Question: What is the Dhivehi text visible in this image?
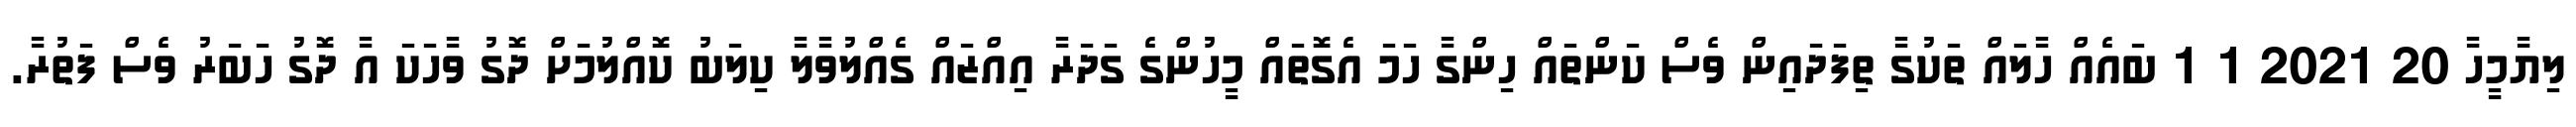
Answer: ލިޔާމީހާ 20 2021 1 1 ބައެއް ހާލައް ތަކުގާ ތިފަދައިން ވެސް ކަންތައް ހިންގާ ހަމަ އެގޮތައް މީހުންގެ ގަދަރާ އިއްޒައް ގެއްލުވާލާ ކިލަބު ކޮއްލުމަށް ދޮގު ވާހަކަ އާ ދޮގު ހަބަރު ވެސް ފަތުރާ.